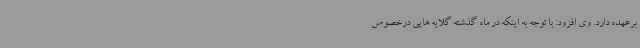
برعهده دارد. وی افزود: با توجه به اینکه در ماه گذشته گلایه هایی درخصوص